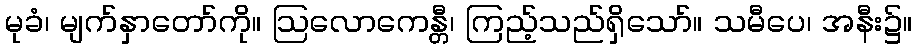
မုခံ၊ မျက်နှာတော်ကို။ ဩလောကေန္တီ၊ ကြည့်သည်ရှိသော်။ သမီပေ၊ အနီး၌။